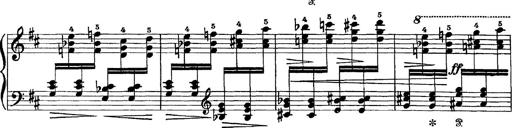
Title: Scherzo und Marsch
Composer: Franz Liszt